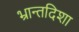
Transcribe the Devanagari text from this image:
भ्रान्तदिशा